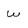
Character: W